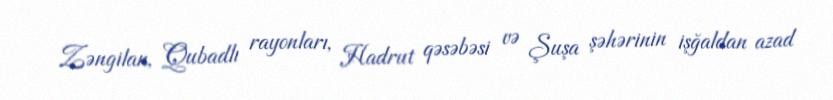
Zəngilan, Qubadlı rayonları, Hadrut qəsəbəsi və Şuşa şəhərinin işğaldan azad